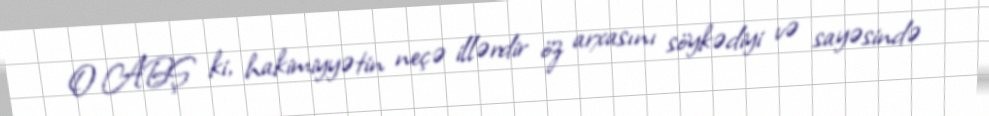
O ABŞ ki, hakimiyyətin neçə illərdir öz arxasını söykədiyi və sayəsində